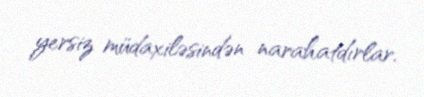
yersiz müdaxiləsindən narahatdırlar.